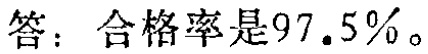
答：合格率是\(97.5\%\)。